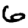
Digit: 6